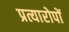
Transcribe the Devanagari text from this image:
प्रत्यारोपों